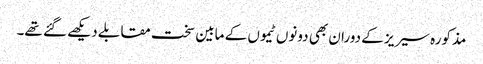
مذکورہ سیریز کے دوران بھی دونوں ٹیموں کے مابین سخت مقابلے دیکھے گئے تھے۔